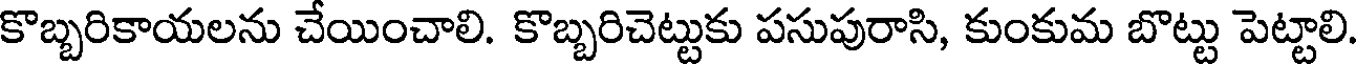
కొబ్బరికాయలను చేయించాలి. కొబ్బరిచెట్టుకు పసుపురాసి, కుంకుమ బొట్టు పెట్టాలి